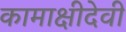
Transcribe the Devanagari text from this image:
कामाक्षीदेवी